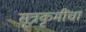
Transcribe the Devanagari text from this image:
सूत्रकृमींचा